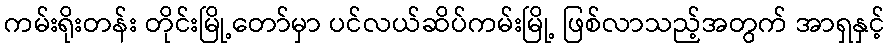
ကမ်းရိုးတန်း တိုင်းမြို့တော်မှာ ပင်လယ်ဆိပ်ကမ်းမြို့ ဖြစ်လာသည့်အတွက် အာရှနှင့်